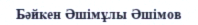
Бәйкен Әшімұлы Әшімов